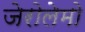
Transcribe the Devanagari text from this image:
जेरोलेमो